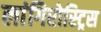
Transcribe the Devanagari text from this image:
लांगिरोस्ट्रिस